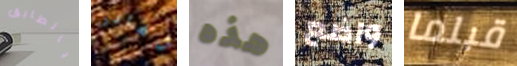
بالطابق تغادر هذه واضع قبلما